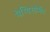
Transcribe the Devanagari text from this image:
पेग्विसोमैंट